Vaccination in Bombay 1924-1928 - 1924-1928
Year: 1924
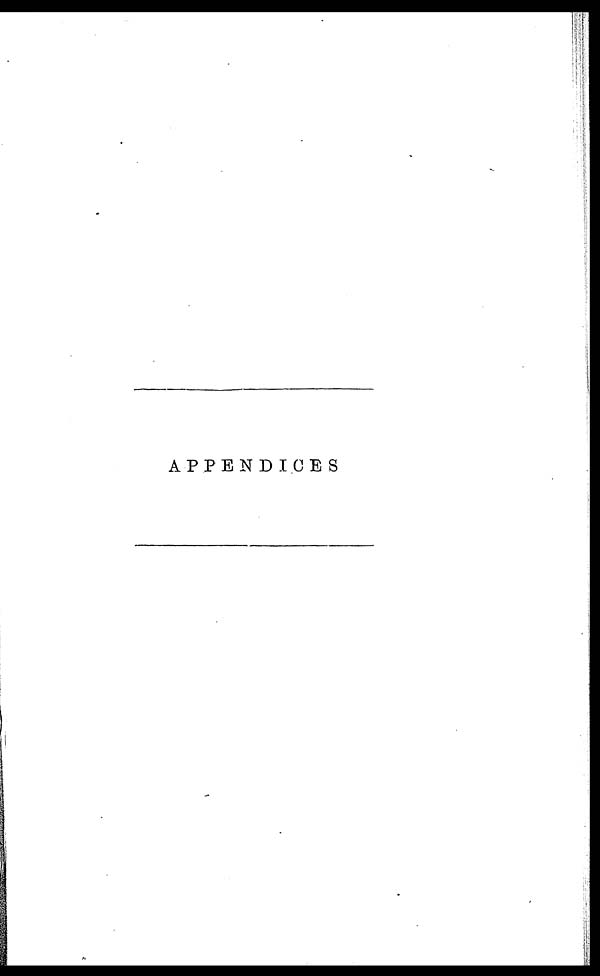
APPENDICES